Vaccination in Burma 1920-1933 - 1920-1933
Year: 1920
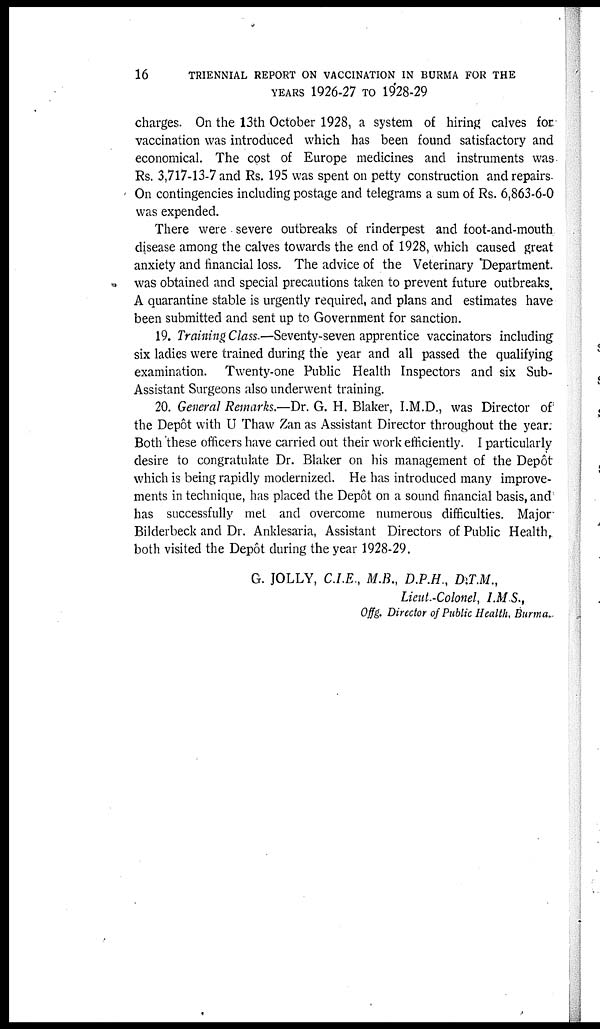
16
TRIENNIAL REPORT ON VACCINATION IN BURMA FOR THE
YEARS 1926-27 TO 1928-29
charges. On the 13th October 1928, a system of hiring calves for
vaccination was introduced which has been found satisfactory and
economical. The cost of Europe medicines and instruments was
Rs. 3,717-13-7 and Rs. 195 was spent on petty construction and repairs.
On contingencies including postage and telegrams a sum of Rs. 6,863-6-0
was expended.
There were severe outbreaks of rinderpest and foot-and-mouth
disease among the calves towards the end of 1928, which caused great
anxiety and financial loss. The advice of the Veterinary Department.
was obtained and special precautions taken to prevent future outbreaks.
A quarantine stable is urgently required, and plans and estimates have
been submitted and sent up to Government for sanction.
19. Training Class.—Seventy-seven apprentice vaccinators including
six ladies were trained during the year and all passed the qualifying
examination. Twenty-one Public Health Inspectors and six Sub-
Assistant Surgeons also underwent training.
20. General Remarks.—Dr. G. H. Blaker, I.M.D., was Director of
the Depôt with U Thaw Zan as Assistant Director throughout the year.
Both these officers have carried out their work efficiently. I particularly
desire to congratulate Dr. Blaker on his management of the Depôt
which is being rapidly modernized. He has introduced many improve-
ments in technique, has placed the Depôt on a sound financial basis, and
has successfully met and overcome numerous difficulties. Major
Bilderbeck and Dr. Anklesaria, Assistant Directors of Public Health,
both visited the Depôt during the year 1928-29.
G. JOLLY, C.I.E., M.B., D.P.H., D.T.M.,
Lieut.-Colonel, I.M.S.,
Offg. Director of Public Health, Burma.